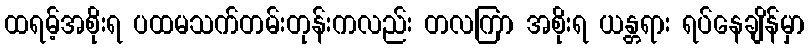
ထရမ့်အစိုးရ ပထမသက်တမ်းတုန်းကလည်း တလကြာ အစိုးရ ယန္တရား ရပ်နေချိန်မှာ